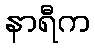
နာရီက